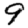
Digit: 9